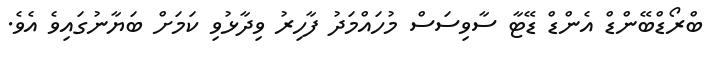
ބްރޯޑްބޭންޑް އެންޑް ޑޭޓާ ސާވިސަސް މުހައްމަދު ފާހިރު ވިދާޅުވި ކަމަށް ބަޔާނުގައިވެ އެވެ.